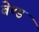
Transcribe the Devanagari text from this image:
बेण्ड